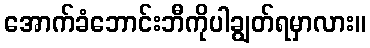
အောက်ခံဘောင်းဘီကိုပါချွတ်ရမှာလား။